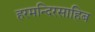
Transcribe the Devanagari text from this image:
हरमन्दिरसाहिब